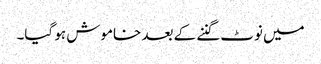
میں نوٹ گننے کے بعد خاموش ہو گیا۔